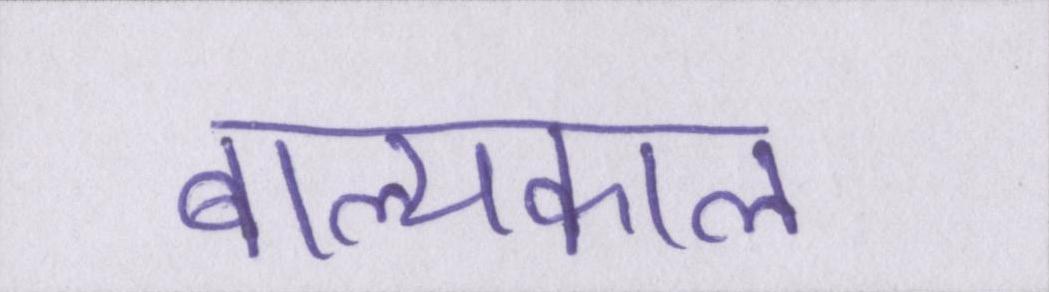
बाल्यकाल